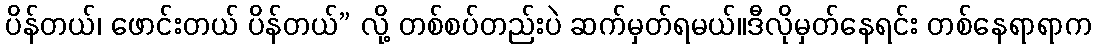
ပိန်တယ်၊ ဖောင်းတယ် ပိန်တယ်” လို့ တစ်စပ်တည်းပဲ ဆက်မှတ်ရမယ်။ဒီလိုမှတ်နေရင်း တစ်နေရာရာက